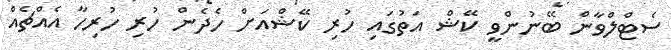
ސެޓްލްވާން ބޭނުންވީ ކޭޝް އަތުގައި ހުރި ކޭޝްއަށް ހެދެން ހުރި ހުރިހާ އެއްޗެއް